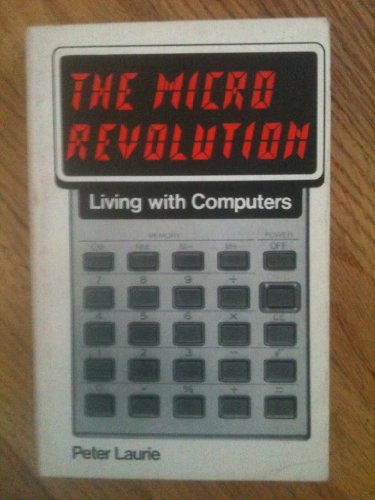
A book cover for The Micro Revolution: Living With Computers; Peter Laurie; Computers & Technology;